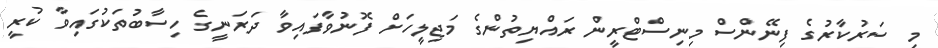
މި ސަރުކާރުގެ ފިނޭންސް މިނިސްޓްރީން ރައްޔިތުންގެ މަޖިލީހަށް ފޮނުވާފައިވާ ދަރަނީގެ ހިސާބުތަކުގައިވާ ކުރީ